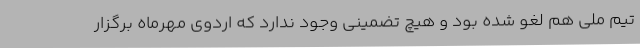
تیم ملی هم لغو شده بود و هیچ تضمینی وجود ندارد که اردوی مهرماه برگزار